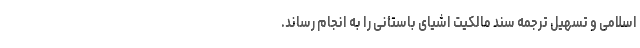
اسلامی و تسهیل ترجمه سند مالکیت اشیای باستانی را به انجام رساند.